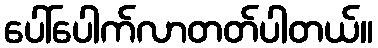
ပေါ်ပေါက်လာတတ်ပါတယ်။